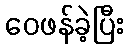
ဝေဖန်ခဲ့ပြီး